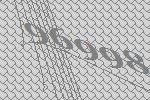
96998